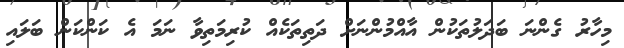
މިހާރު ގެންނަ ބަދަލުތަކުން އާއްމުންނަށް ދަތިތަކެއް ކުރިމަތިވާ ނަމަ އެ ކަންކަން ބަލައި